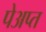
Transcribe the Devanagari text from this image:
पेअप्त